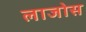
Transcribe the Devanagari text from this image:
लाजोस